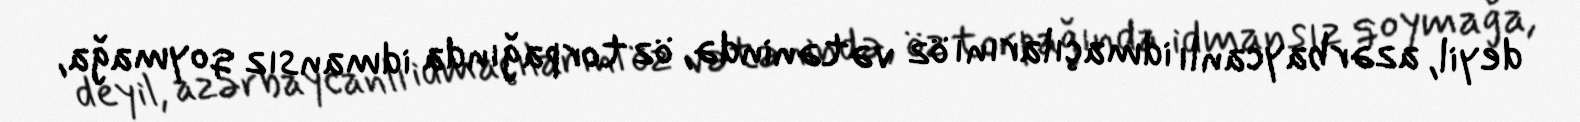
deyil, azərbaycanlı idmaçılarını öz vətənində, öz torpağında idmansız qoymağa,